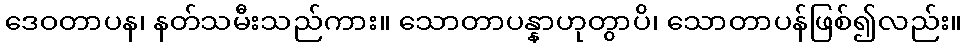
ဒေဝတာပန၊ နတ်သမီးသည်ကား။ သောတာပန္နာဟုတွာပိ၊ သောတာပန်ဖြစ်၍လည်း။